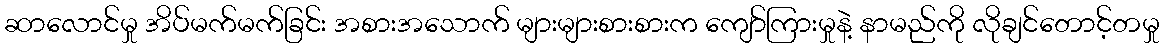
ဆာလောင်မှု အိပ်မက်မက်ခြင်း အစားအသောက် များများစားစားက ကျော်ကြားမှုနဲ့ နာမည်ကို လိုချင်တောင့်တမှု